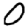
Digit: 0